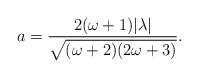
\begin{align*}a = \frac{2(\omega+1) | \lambda|}{\sqrt{(\omega+2)(2\omega+3)}}.\end{align*}